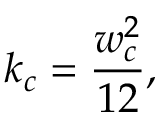
k _ { c } = \frac { w _ { c } ^ { 2 } } { 1 2 } ,